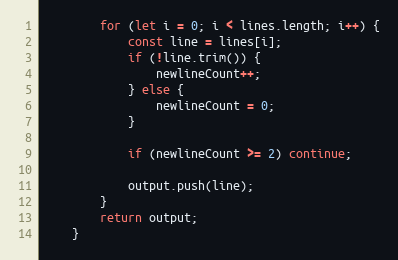
Language: JavaScript
		for (let i = 0; i < lines.length; i++) {
			const line = lines[i];
			if (!line.trim()) {
				newlineCount++;
			} else {
				newlineCount = 0;
			}

			if (newlineCount >= 2) continue;

			output.push(line);
		}
		return output;
	}